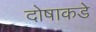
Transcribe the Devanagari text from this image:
दोषाकडे